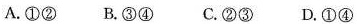
A.① ② B.③ ④ C.② ③ D.① ④